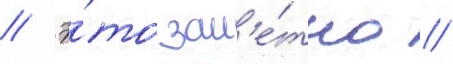
// Э́то зам'е́тно /